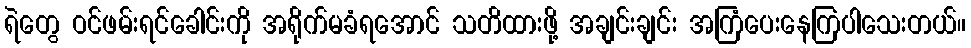
ရဲတွေ ဝင်ဖမ်းရင်ခေါင်းကို အရိုက်မခံရအောင် သတိထားဖို့ အချင်းချင်း အကြံပေးနေကြပါသေးတယ်။